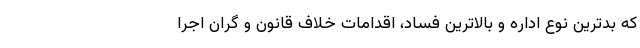
که بدترین نوع اداره و بالاترین فساد، اقدامات خلاف قانون و گران اجرا